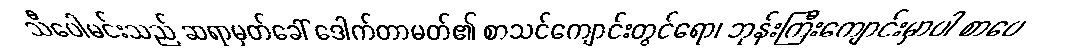
သီပေါမင်းသည် ဆရာမှတ်ခေါ် ဒေါက်တာမတ်၏ စာသင်ကျောင်းတွင်ရော၊ ဘုန်းကြီးကျောင်းမှာပါ စာပေ